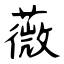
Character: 薇